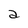
Character: a